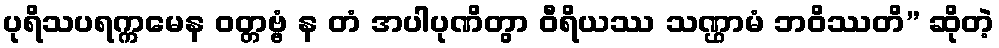
ပုရိသပရက္ကမေန ဝတ္တဗ္ဗံ န တံ အပါပုဏိတွာ ဝီရိယဿ သဏ္ဌာမံ ဘဝိဿတိ” ဆိုတဲ့